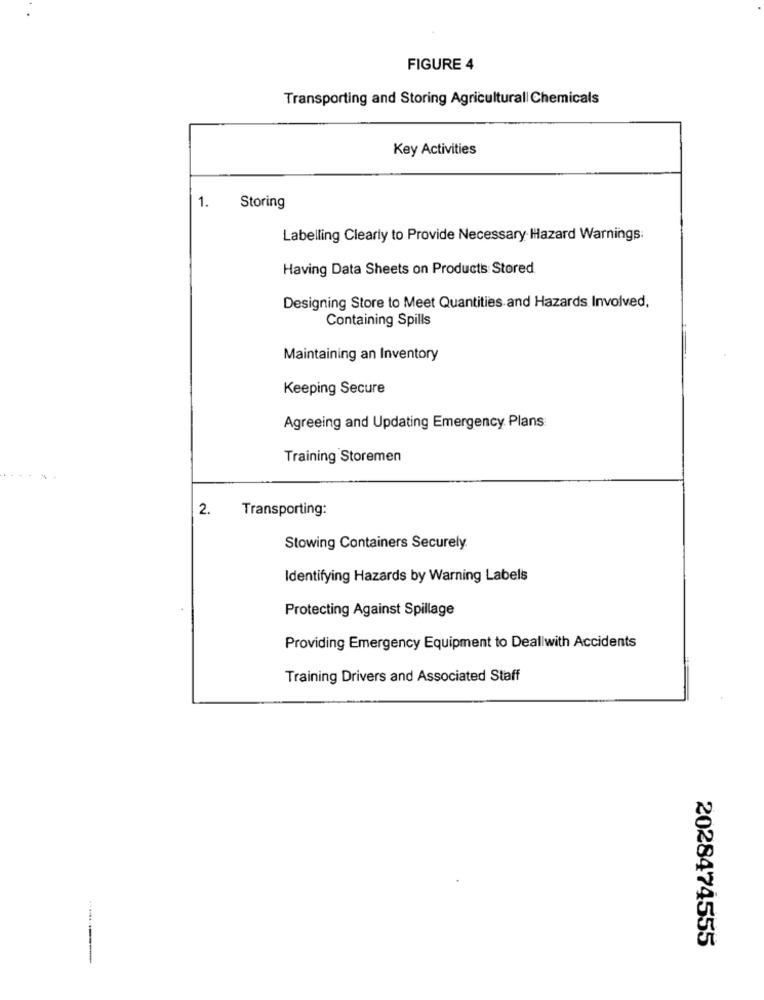
FIGURE 4
Transporting and Storing Agricultural| Chemicals
Key Activities
1.
Storing
Labelling Clearly to Provide Necessary Hazard Warnings:
Having Data Sheets on Products Stored
Designing Store to Meet Quantities and Hazards Involved,
Containing Spills
Maintaining an Inventory
Keeping Secure
Agreeing and Updating Emergency Plans
Training Storemen
2.
Transporting:
Stowing Containers Securely.
Identifying Hazards by Warning Labels
Protecting Against Spillage
Providing Emergency Equipment to Deallwith Accidents
Training Drivers and Associated Staff
2028474555